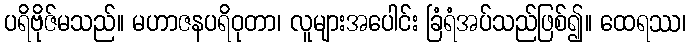
ပရိဗိုဇ်မသည်။ မဟာဇနပရိဝုတာ၊ လူများအပေါင်း ခြံရံအပ်သည်ဖြစ်၍။ ထေရဿ၊